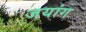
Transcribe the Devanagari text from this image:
जयांग